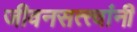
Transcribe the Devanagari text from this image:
जीवनसत्त्वांनी